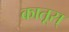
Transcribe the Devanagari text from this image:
कातूस्